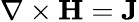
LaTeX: \mathbf{\nabla}\times\mathbf{H}=\mathbf{J}